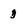
Character: 3